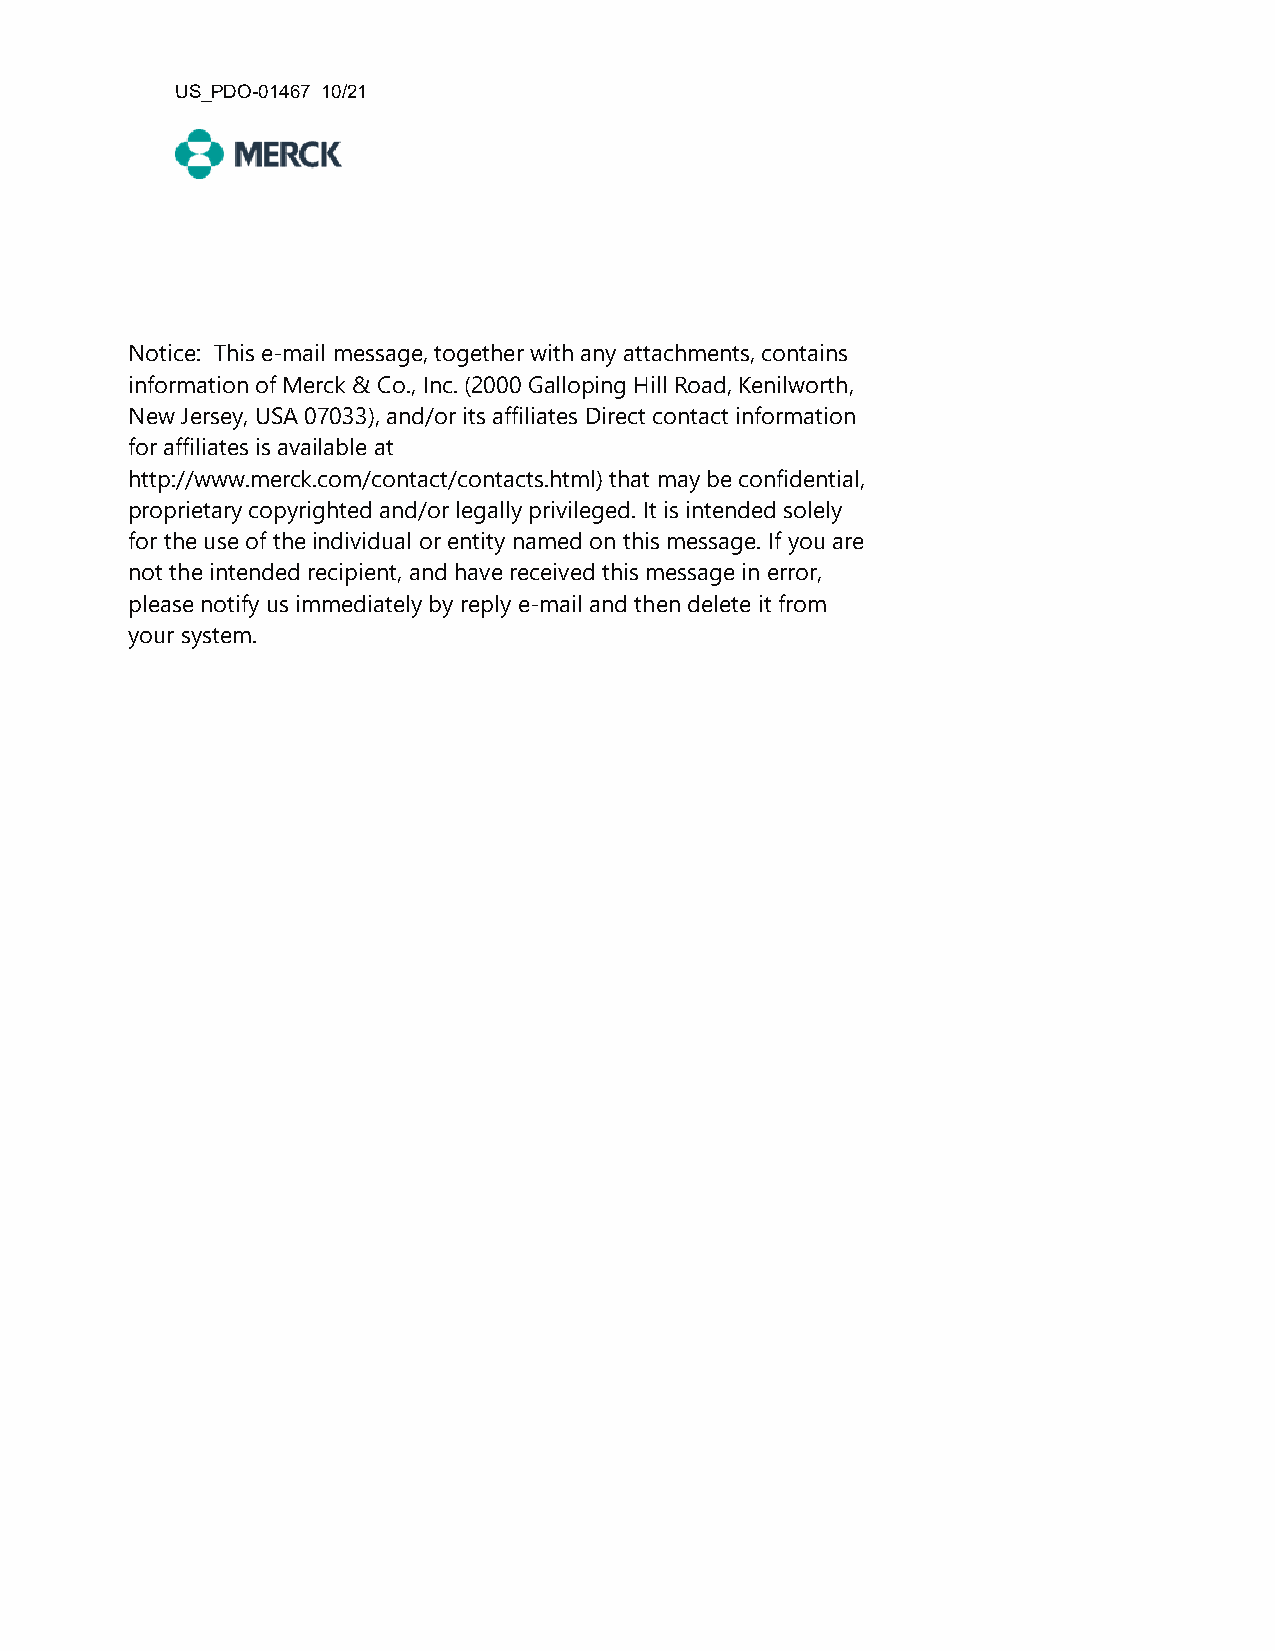
US_PDO-01467 10/21
 Notice: This e-mail message, together with any attachments, contains
 information of Merck & Co., Inc. (2000 Galloping Hill Road, Kenilworth,
 New Jersey, USA 07033), and/or its affiliates Direct contact information
 for affiliates is available at
 http://www.merck.com/contact/contacts.html) that may be confidential,
 proprietary copyrighted and/or legally privileged. It is intended solely
 for the use of the individual or entity named on this message. If you are
 not the intended recipient, and have received this message in error,
 please notify us immediately by reply e-mail and then delete it from
 your system.